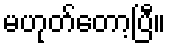
မဟုတ်တော့ပြီ။